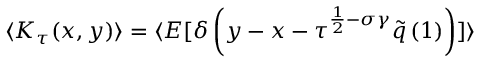
\langle K _ { \tau } ( x , y ) \rangle = \langle E [ \delta \left( y - x - \tau ^ { \frac { 1 } { 2 } - \sigma \gamma } \tilde { q } \left( 1 \right) \right) ] \rangle